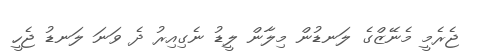
ޖެރެމީ މެނޭޒްގެ ލަނޑުން މިލާން ލީޑު ނެގިއިރު ދެ ވަނަ ލަނޑު ޖެހީ